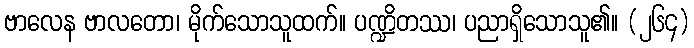
ဗာလေန ဗာလတော၊ မိုက်သောသူထက်။ ပဏ္ဍိတဿ၊ ပညာရှိသောသူ၏။ (၂၆၄)